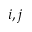
i , j